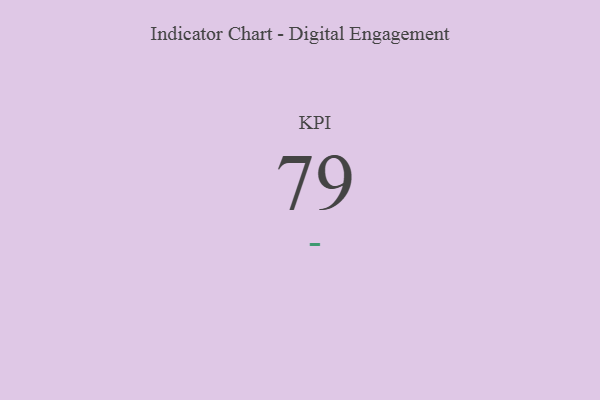
{"axis": {"x": "KPI", "y": "Value"}, "legend": [""], "data": [{"x": "KPI", "y": 79, "type": ""}]}